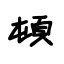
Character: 頓